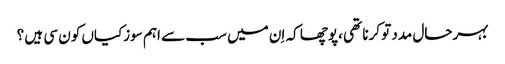
بہرحال مدد تو کرنا تھی ،پوچھا کہ اِن میں سب سے اہم سوزکیاں کون سی ہیں ؟